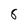
Character: 8